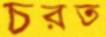
চরত